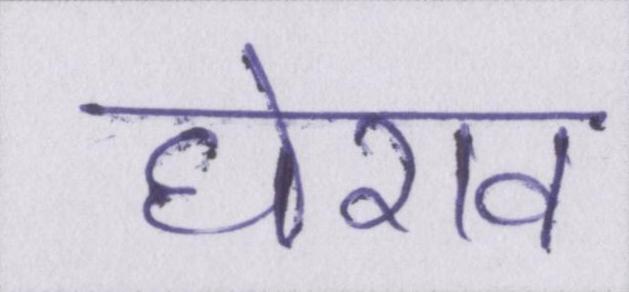
घेराव